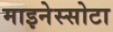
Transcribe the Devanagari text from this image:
माइनेस्सोटा